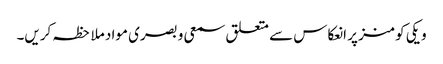
ویکی کومنز پر انعکاس سے متعلق سمعی و بصری مواد ملاحظہ کریں۔